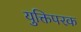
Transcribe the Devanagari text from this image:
युक्तिपरक